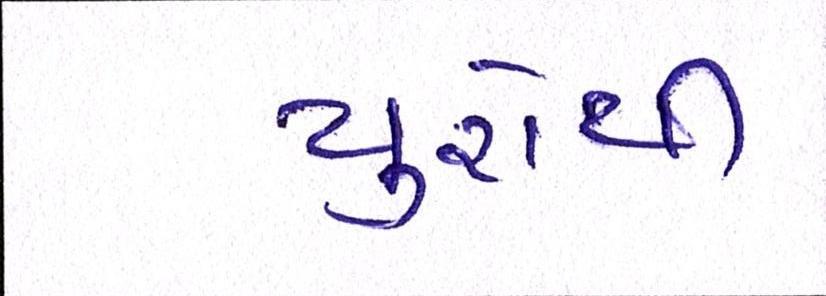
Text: યુરોથી